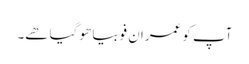
آپ کو عمران فوبیا ھو گیا ھے۔